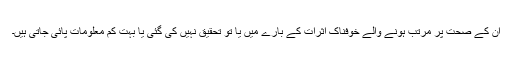
ان کے صحت پر مرتب ہونے والے خوفناک اثرات کے بارے میں یا تو تحقیق نہیں کی گئی یا بہت کم معلومات پائی جاتی ہیں۔